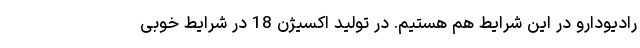
رادیودارو در این شرایط هم هستیم. در تولید اکسیژن 18 در شرایط خوبی